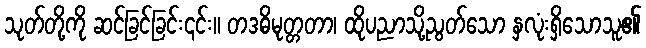
သုတ်တို့ကို ဆင်ခြင်ခြင်း၎င်း။ တဒဓိမုတ္တတာ၊ ထိုပညာသို့ညွတ်သော နှလုံးရှိသောသူ၏